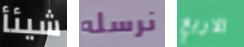
شيئأ نرسله الاربع